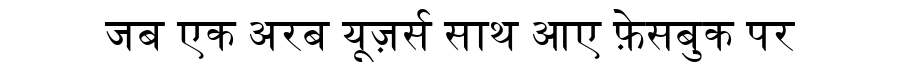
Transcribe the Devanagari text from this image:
जब एक अरब यूज़र्स साथ आए फ़ेसबुक पर